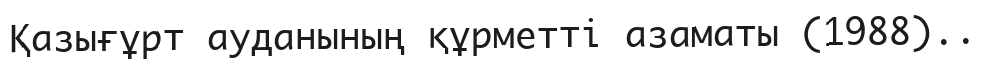
Қазығұрт ауданының құрметті азаматы (1988)..